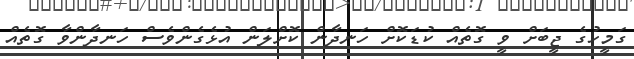
ގަމީހުގެ ޖީބަށް ވީ ގޮތެއް ކުޑަކޮށް ހަނދާން ކޮށްލަން އުޅެގެންވެސް ހަނދާންވާ ގޮތެއް